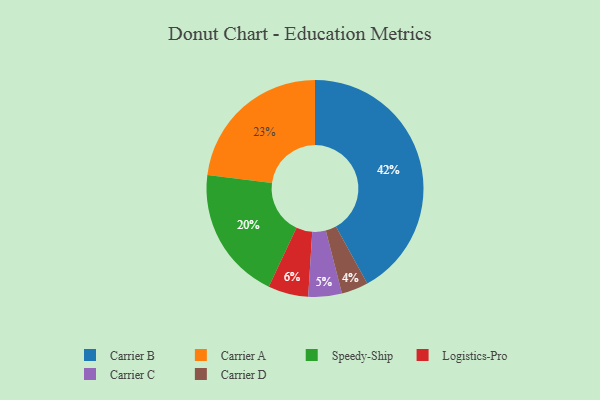
{"axis": {"x": "Category", "y": "Percentage"}, "legend": ["Carrier A", "Carrier B", "Carrier C", "Carrier D", "Logistics-Pro", "Speedy-Ship"], "data": [{"x": "Speedy-Ship", "y": 20, "type": "Speedy-Ship"}, {"x": "Logistics-Pro", "y": 6, "type": "Logistics-Pro"}, {"x": "Carrier A", "y": 23, "type": "Carrier A"}, {"x": "Carrier D", "y": 4, "type": "Carrier D"}, {"x": "Carrier C", "y": 5, "type": "Carrier C"}, {"x": "Carrier B", "y": 42, "type": "Carrier B"}]}